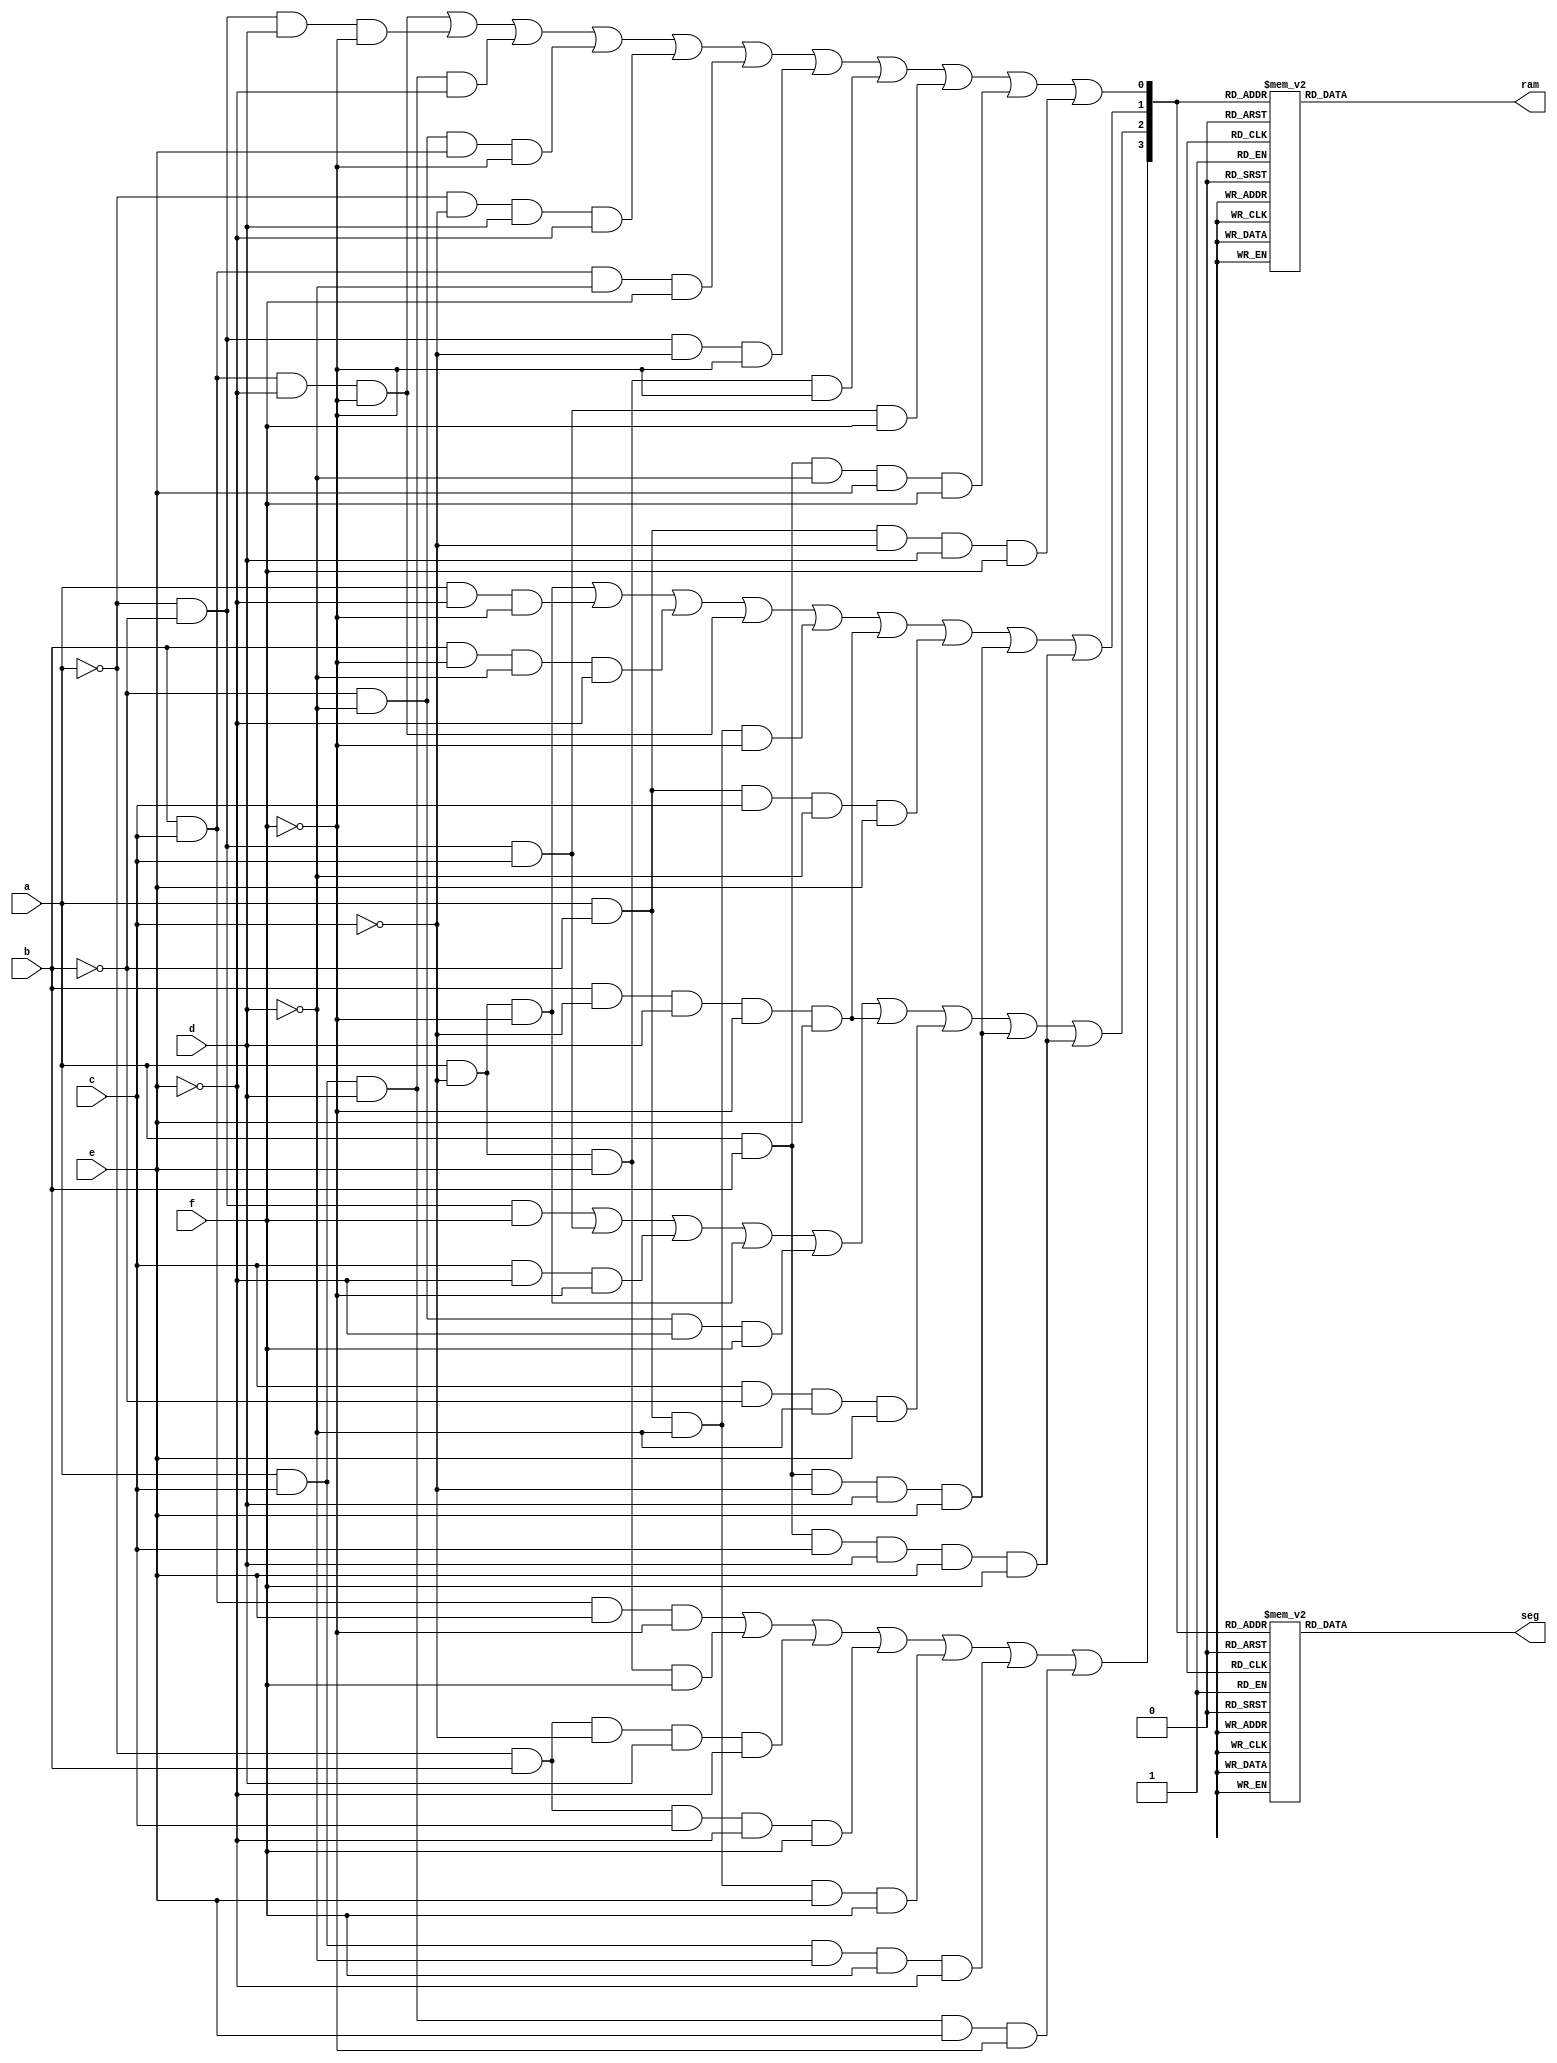
// this is the behavioural code.
// this has been made using kmap
module human(a,b,c,d,e,f,seg,ram);
input a,b,c,d,e,f;
  //output a1,a2,a3,a4,a5,a6,a7,b1,b2,b3,b4,b5,b6,b7;
   output [6:0] seg;
     reg [6:0] seg;
output [6:0] ram;
     reg [6:0] ram;
wire [3:0] hu;
wire [3:0] hi;

or g1(hu[0],b&c&~e&~f,~a&~b&d&~f,a&c&d&~e,~b&~d&e&~f,~a&~c&d&~e,b&c&~d&f,~a&~b&~c&~f,a&~c&e&~f,~a&~b&c&f,a&b&~d&e&f,a&~b&~c&d&f);
or g2(hu[1],a&~c&~f,a&~e&~f,b&~f&~d&~e,b&c&~e&~f,a&~b&~d&~f,b&~c&d&~f&e,a&~b&c&~d&e,a&b&~c&d&e,a&b&c&d&e&f);
or g3(hu[2],~a&~b&f,~a&~b&c,c&~e&~f,a&~c&~f,~b&~d&~e&f,b&~c&d&~f&e,c&~b&~d&&e,a&b&~c&d&e,a&b&c&d&e&f);
or g4(hu[3],b&c&e&~f,a&~c&e&f,~a&b&~c&d&~e,~a&b&c&~e&f,a&~b&~d&e&f,a&c&~d&f&~e,a&c&d&e&~f);
or g5(hi[0],b&d&f,~b&~c&~d&e,~b&~c&~f&e,~c&~d&e&~f,~a&c&~d&~e,~a&b&~d&e,a&~b&~c&~f,a&~b&~c&~f,a&b&c&d,~a&~c&d&~e&f,~a&~b&c&~e&~f,~a&c&d&e&f,a&b&~c&~d&~e);
or g6(hi[1],a&b&~e&f,c&~e&f&d,~b&~f&a&c,b&e&~a&~d,a&b&~d&~f&~c,~a&b&~c&~d&f,~a&b&c&~d&~f,~a&~b&c&~d&f,~a&~c&d&e&~f,a&~b&c&~d&e,~a&~b&~c&~d&~e&~f);
or g7(hi[2],~a&b&d&~e,b&~c&~c&~f,~b&~d&e&f,a&~b&~d&~f,~a&~b&c&d&e,~a&~c&~d&~e&f,~a&b&c&d&~f,~a&b&~c&d&f,a&b&~d&~e&f,a&~b&~c&d&~f);
or g8(hi[3],a&~c&d&~f,~a&~b&~c&d&f,~b&~c&d&~e&f,a&b&~c&f&e,~a&~b&~c&~d&e&~f,~a&~b&c&~d&~e&~f);

   // reg [4:0] ram;
   // reg [4:0] krishna;
   //ram[0]=x0;
   //wire reg [4:0] c = {1,0,1,1}; 
    //segment7 s1 (hu,sel);
   //segment7 s2 (hi,sem);    
   //output [6:0] seg;
   //  reg [6:0] seg;

 always @(hu)
    begin
        case (hu) 
            0 : seg = 7'b0000001;
            1 : seg = 7'b1001111;
            2 : seg = 7'b0010010;
            3 : seg = 7'b0000110;
            4 : seg = 7'b1001100;
            5 : seg = 7'b0100100;
            6 : seg = 7'b0100000;
            7 : seg = 7'b0001111;
            8 : seg = 7'b0000000;
            9 : seg = 7'b0000100;
            
            default : seg = 7'b1111111; 
        endcase
    end
    
 always @(hi)
    begin
        case (hu) 
            0 : ram = 7'b0000001;
            1 : ram = 7'b1001111;
            2 : ram = 7'b0010010;
            3 : ram = 7'b0000110;
            4 : ram = 7'b1001100;
            5 : ram = 7'b0100100;
            6 : ram = 7'b0100000;
            7 : ram = 7'b0001111;
            8 : ram = 7'b0000000;
            9 : ram = 7'b0000100;
            
            default : ram = 7'b1111111; 
        endcase
    end

endmodule